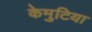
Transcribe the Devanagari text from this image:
केमुटिया